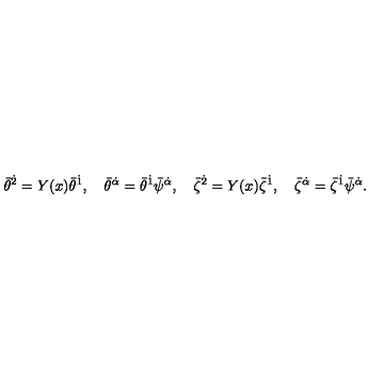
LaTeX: { \bar { \theta } } ^ { \dot { 2 } } = Y ( x ) { \bar { \theta } } ^ { \dot { 1 } } , \quad { \bar { \theta } } ^ { \dot { \alpha } } = { \bar { \theta } } ^ { \dot { 1 } } { \bar { \psi } } ^ { \dot { \alpha } } , \quad { \bar { \zeta } } ^ { \dot { 2 } } = Y ( x ) { \bar { \zeta } } ^ { \dot { 1 } } , \quad { \bar { \zeta } } ^ { \dot { \alpha } } = { \bar { \zeta } } ^ { \dot { 1 } } { \bar { \psi } } ^ { \dot { \alpha } } .